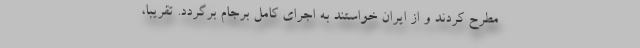
مطرح کردند و از ایران خواستند به اجرای کامل برجام برگردد. تقریبا،